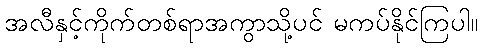
အလီနှင့်ကိုက်တစ်ရာအကွာသို့ပင် မကပ်နိုင်ကြပါ။